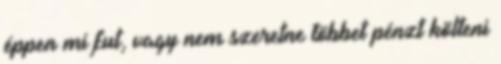
éppen mi fut, vagy nem szeretne többet pénzt költeni